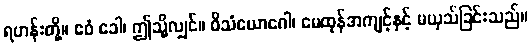
ရဟန်းတို့။ ဧဝံ ခေါ၊ ဤသို့လျှင်။ ဝိသံယောဂေါ၊ မေထုန်အကျင့်နှင့် မယှသ်ခြင်းသည်။